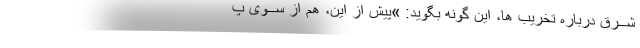
شــرق درباره تخریب ها، این گونه بگوید: »پیش از این، هم از ســوی پ